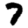
Digit: 7